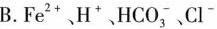
B.Fe^{2+}、H^{+}、HCO_{3}^{-}、Cl^{-}